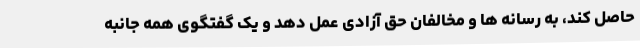
حاصل کند، به رسانه ها و مخالفان حق آزادی عمل دهد و یک گفتگوی همه جانبه